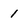
Character: 1